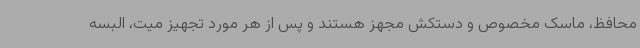
محافظ، ماسک مخصوص و دستکش مجهز هستند و پس از هر مورد تجهیز میت، البسه